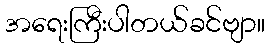
အရေးကြီးပါတယ်ခင်ဗျာ။